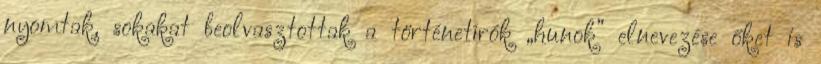
nyomtak, sokakat beolvasztottak a történetírók „hunok” elnevezése őket is